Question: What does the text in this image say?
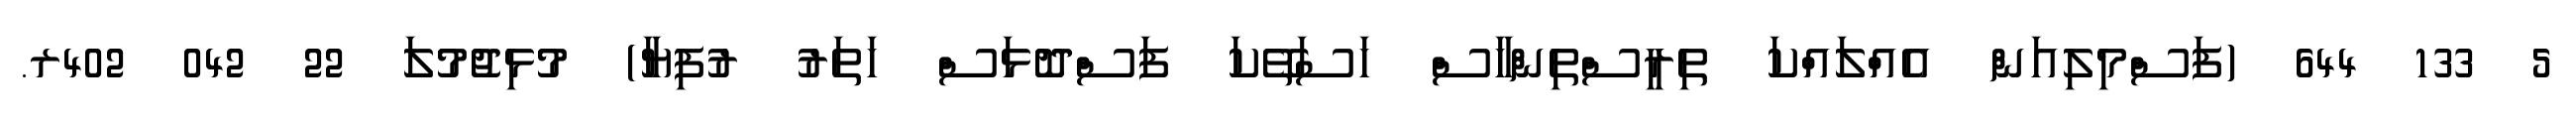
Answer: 5 133 644 (ފަސްމިލިއަން އެއްލައްކަ ތިރީސްތިންހާސް ހަސަތޭކަ ފަސްދޮޅަސް ހަތަރު ރުފިޔާ) މުޅިޖުމުލަ 22 042 402ރ.